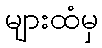
များထံမှ